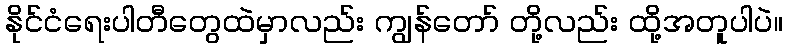
နိုင်ငံရေးပါတီတွေထဲမှာလည်း ကျွန်တော် တို့လည်း ထို့အတူပါပဲ။